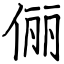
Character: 俪